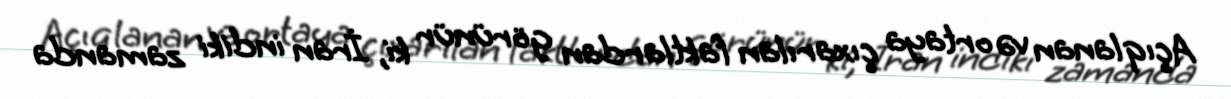
Açıqlanan və ortaya çıxarılan faktlardan görünür ki, İran indiki zamanda